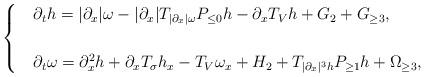
LaTeX: \begin{align*}\begin{cases}&\partial_th=|\partial_x|\omega- |\partial_x|T_{|\partial_x|\omega}P_{\leq 0}h-\partial_xT_Vh + G_2 + G_{\geq 3},\\\\&\partial_t\omega=\partial_x^2h+\partial_xT_\sigma h_x-T_V\omega_x + H_2 + T_{|\partial_x|^3 h} P_{\geq 1}h + \Omega_{\geq 3},\end{cases}\end{align*}